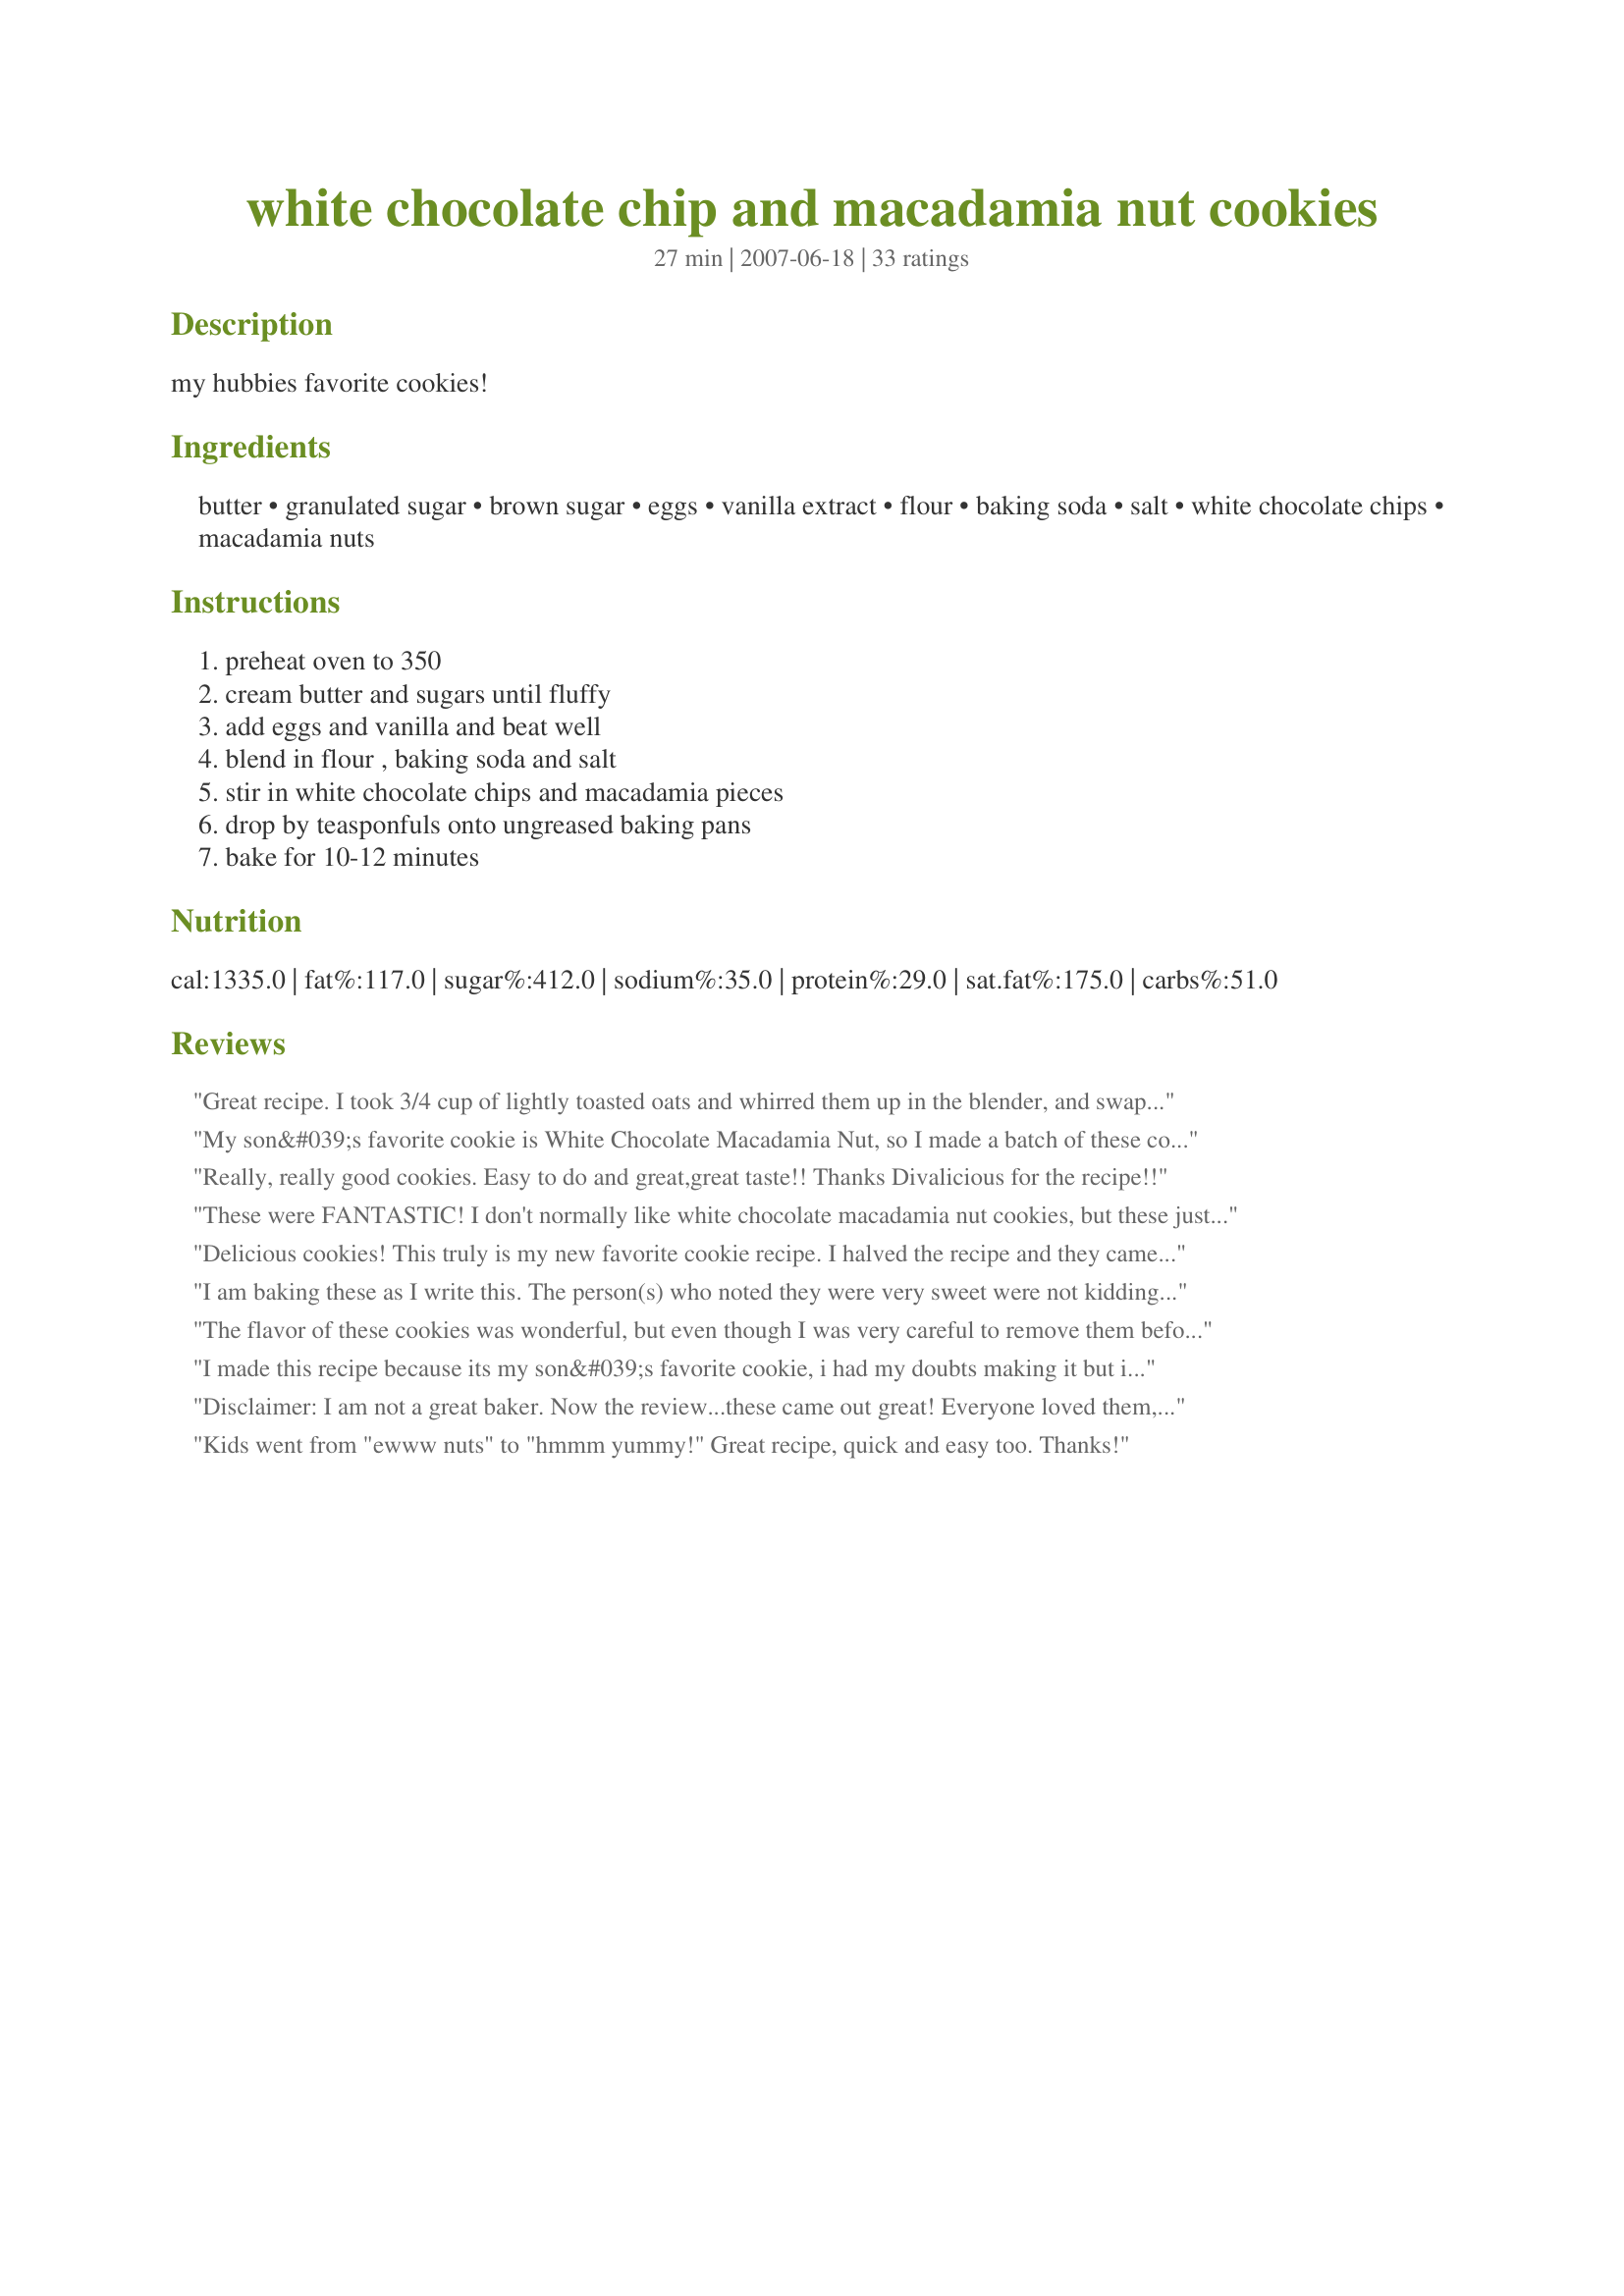
white chocolate chip and macadamia nut cookies
Preparation time: 27 minutes

my hubbies favorite cookies!

Ingredients:
butter, granulated sugar, brown sugar, eggs, vanilla extract, flour, baking soda, salt, white chocolate chips, macadamia nuts

Steps:
preheat oven to 350, cream butter and sugars until fluffy, add eggs and vanilla and beat well, blend in flour , baking soda and salt, stir in white chocolate chips and macadamia pieces, drop by teasponfuls onto ungreased baking pans, bake for 10-12 minutes

Reviews:
Great recipe. I took 3/4 cup of lightly toasted oats and whirred them up in the blender, and swapped for 3/4 of the flour. Balanced the flavor beautifully. I will be making this again. Thank you!
My son&#039;s favorite cookie is White Chocolate Macadamia Nut, so I made a batch of these cookies a few months ago to send him where he is currently deployed in the Middle East. Although he received them a few weeks after I mailed them, he said they were still great!&lt;br/&gt;I just made another batch tonight to send to him and a few to keep for myself because they are so yummy. These are quick and easy to make. Hopefully, they&#039;ll make it to him a little quicker this time! :)
Really, really good cookies.
Easy to do and great,great taste!!
Thanks Divalicious for the recipe!!
These were FANTASTIC! I don't normally like white chocolate macadamia nut cookies, but these just melt in your mouth. Most of this batch was mailed off to my deployed hubby but the left over's went to work and were gone in the blink of an eye. Nothing but rave reviews.
Delicious cookies! This truly is my new favorite cookie recipe. I halved the recipe and they came out wonderfully. Thank you for sharing this with us. It really does make a perfect cookie.
I am baking these as I write this. The person(s) who noted they were very sweet were not kidding. I am also disappointed that they are quite hard. The dough itself was terribly heavy. My Kitchenaid Artisan mixer was straining to mix it. I then had a heck of a time mixing in by hand the nuts &amp; chocolate chips. I am baking them on parchment paper lined cookie sheets at 350 for 16 minutes. Tried 10 minutes &amp; they looked raw. Same goes for 12 minutes. At 14 minutes they were slightly less raw looking. At 16 minutes they finally looked done. However, they are much puffier (not flat) &amp; harder than I expected &amp; I fear that as someone else wrote they will get harder as the days go by. I had the choice to use this recipe or another one &amp; I chose this one based on the number of outstanding reviews, but I fear I chose the wrong one.
The flavor of these cookies was wonderful, but even though I was very careful to remove them before they turned brown, they didn't stay as soft as I would have liked. Popping them in the microwave before eating them helped a bit, but I was a little disappointed they weren't soft and chewy.
I made this recipe because its my son&#039;s favorite cookie, i had my doubts making it but it turned out really good and better than what you can buy from safeway or costco! Followed the recipe exactly as written and it turned out better than I can ask for. Thank you!
Disclaimer: I am not a great baker. Now the review...these came out great! Everyone loved them, and the flavor were great. Advice I to oter bakersL 1) take them out before they look brown, unless you want crispy cookies. I baked some for 10 minutes, others for 12, and I prefered the 10-minute, chewier cookies; and 2) put the macadamia nuts in a ziplock bag and break them into smaller pieces before adding them to the cookie batter. It distributes the macadamia nut taste throughout the cookies.
Kids went from "ewww nuts" to "hmmm yummy!" Great recipe, quick and easy too. Thanks!
Wow! My fiance' just loves white chocolate and is going to flip when he tastes these! They are sweet and buttery, slightly chewy. I put a piece of bread in the container to keep them soft. Excellent cookie!
Absolutely awesome! Our nephew came over to bake holiday goodies for some of his cancer stricken friends. First time ever making this recipe and lemme tell you what - just wonderful. These cookies were to die for! Followed the recipe to the tee and they turned out better than I could have imagined. This recipe is definitely a keeper!
Wow, awesome! I was cleaning out the cabinets and found some macadamia nuts. Not enough for 1 1/2 cups, but probably a good 3/4 cup and it worked just fine. Also had some Bakers white chocolate squares instead of opening a new bag of chips so I put in about 7 squares of that chopped into chunks. Baked the whole 12 minutes in my oven, and then let cool to a perfect browness on the sheet.
These were a huge hit & super easy to make! Thank you for sharing!!
I have one word for these cookies....DELICIOUS!!! I followed the recipe exactly and they turned out perfect. Soft, chewy, buttery with just the right amount of sweetness and crunch. The entire batch was gone in less than 24 hours. They were without a doubt the best cookies I have ever made!! My daughter is 18 and I'm making her a cookbook full of family recipes and favourites from when she was little. I've only made these cookies once but this recipe has already earned its place in the book. MMM MMM MMM!!!!
These are so good! I actually substituted chopped up slivered almonds for the macadamias (which appear all but impossible to find lately!). Other than that everything was kept the same & using a regular spoon to measure out balls of dough, at 11 minutes, I turned out over 70 beautiful, buttery, & golden delicious cookies! Fabulous!!..a keeper for sure! UPDATE: I made these again, with macadamia nuts & used 1/2 tsp almond extract & 1 tsp vanilla. SUPER!! Thanks again!!
My wife loves this type of cookie. When I made these for her she said that by far these are the best
Delicious
A wonderfully buttery, soft, chewy cookie, perfect in every way. I didn't make any changes to the original recipe. I couldn't locate any dry roasted mac. nuts, so I used 3 small packages of chopped macadamia nuts, each being 2.25 ounces each and equaling 1 1/2 cups. Most of the nuts in each package were split in half, and I cut each of those nut halves in half. Also, when I bake cookies I always use a heavy-duty 16-inch by 12-inch baking sheet, that way I never have to worry about my cookies baking into each other-I place 12 dough balls on each baking sheet. I also formed the cookie dough into balls, just a little under the size of a golf ball, actually about 3/4 the size. Their size may seem huge but the nuts and chips take up quite a bit of space. I thought the size of the baked cookies were perfect. Baking for 11 minutes left each cookie bottom a rich, golden brown. Thank you for sharing such a delightful cookie recipe.
Oh. My. Goodness. These are to die for.
Excellent cookie. I cooked the full 12 minutes at 325 F. in a convection oven. They were done with only a little bit of browning on a few of them. It made about 50 cookies. I cut the granulated sugar to 1 cup and also the salt to 3/4 tsp. I thought the white chocolate chips would make them plenty sweet enough, and they came out perfectly.
These were exactly what I was looking for. Fresh, they tasted like the best white chocolate chip/macadamia nut cookies I've ever eaten. But after baking, they got harder and harder and harder. By the third day they were rocks. I did bake them until they were a little brown on the bottom, so maybe that's why, but I wonder if anyone has any advice. I'd love to be able to use this recipe again because the cookie dough tasted like the best cookie dough on the planet.
Wow! These are amazing!! Thank you so much, they are nice and soft and melt in your mouth yummy. I'll be making these over and over again.
I made these on a whim since I don't usually like nutty cookies. I am so happy I tried this recipe! These are wonderful, flavorful cookies! I used about 1 cup of the chopped nuts & about 1 1/2 cups of chopped white chocolate candy coating in substitution of the chips (that was what I had on hand). I slightly undercooked the first batch since I normally prefer them that way & wasn't too impressed; but, for the 2nd batch, I waited for them to brown, & that created an extremely yummy, crunchy result. I will be making these regularly! Thanks Divalicious!
Family loved them! Thanks for an excellent recipe!
My hubbies favorite now too!
These have to be the BEST COOKIES EVER. 
Everyone I have given these to has LOVED them. Thanks for the awesome recipe.
Delicious cookies! They came out perfect in every way, except they were on the sweet side. Many people like their cookies sweet, and I'm included in that group, but these were very very sweet. I could only have one before I felt a little overwhelmed. But thanks for posting this!
This is now my favorite cookie! The brown sugar adds the right sweetness and the white chocolate and macadamia nuts give it such a nice added touch. I placed them on parchment-lined baking sheets about 2 inches apart (as most cookie recipes call for), and that was perfect. They took pretty close to 12 minutes to bake completely. Thank you for sharing your recipe, Divalicious 808.
I tried this recipe out of the masses because I saw you were from the 808 ;) They were awesome! The ONLY change I had to make was use margarine (lactose issue) and they flattened out..... I think next time I will chill the dough and see if that helps. Thanks for a great one Diva!
Awesome!! These cookies are soooo good, I think they deserve more then 5 stars!
Thanks for sharing!
Wow!<br/>These are PERFECT! I cut the recipe in half and veganized it, and still got two dozen cookies out of it, too! I used Organic Smart Balance instead of regular butter, Ener-g Egg Replacer instead of eggs, and vegan white chocolate chips. This one is definitely going in my recipe book!
Fabulous flavor and easy to make. I like mine a little crisper so I can dunk them in milk so I added a couple of minutes to the cook time and they came out perfect. thank you for sharing!
